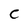
Character: C